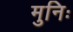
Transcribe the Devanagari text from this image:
मुनिः